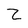
Character: z